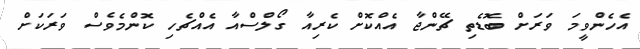
އެހެންވީމަ ވަރަށް ބޮޑެތި ޗޭންޖާ އެއްކޮށް ކެރިއާ ގޯލްސްއާ އެއްޗެހި ކޮންމެވެސް ވަރަކަށް